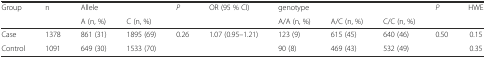
<table><thead><tr><td rowspan="2"><b>Group</b></td><td rowspan="2"><b>n</b></td><td><b>Allele</b></td><td></td><td rowspan="2"><b><i>P</i></b></td><td rowspan="2"><b>OR (95 % CI)</b></td><td><b>genotype</b></td><td></td><td></td><td rowspan="2"><b><i>P</i></b></td><td rowspan="2"><b>HWE</b></td></tr><tr><td><b>A (n, %)</b></td><td><b>C (n, %)</b></td><td><b>A/A (n, %)</b></td><td><b>A/C (n, %)</b></td><td><b>C/C (n, %)</b></td></tr></thead><tbody><tr><td>Case</td><td>1378</td><td>861 (31)</td><td>1895 (69)</td><td>0.26</td><td>1.07 (0.95–1.21)</td><td>123 (9)</td><td>615 (45)</td><td>640 (46)</td><td>0.50</td><td>0.15</td></tr><tr><td>Control</td><td>1091</td><td>649 (30)</td><td>1533 (70)</td><td></td><td></td><td>90 (8)</td><td>469 (43)</td><td>532 (49)</td><td></td><td>0.35</td></tr></tbody></table>